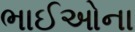
ભાઈઓના